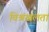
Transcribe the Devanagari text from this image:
विश्रंखलता